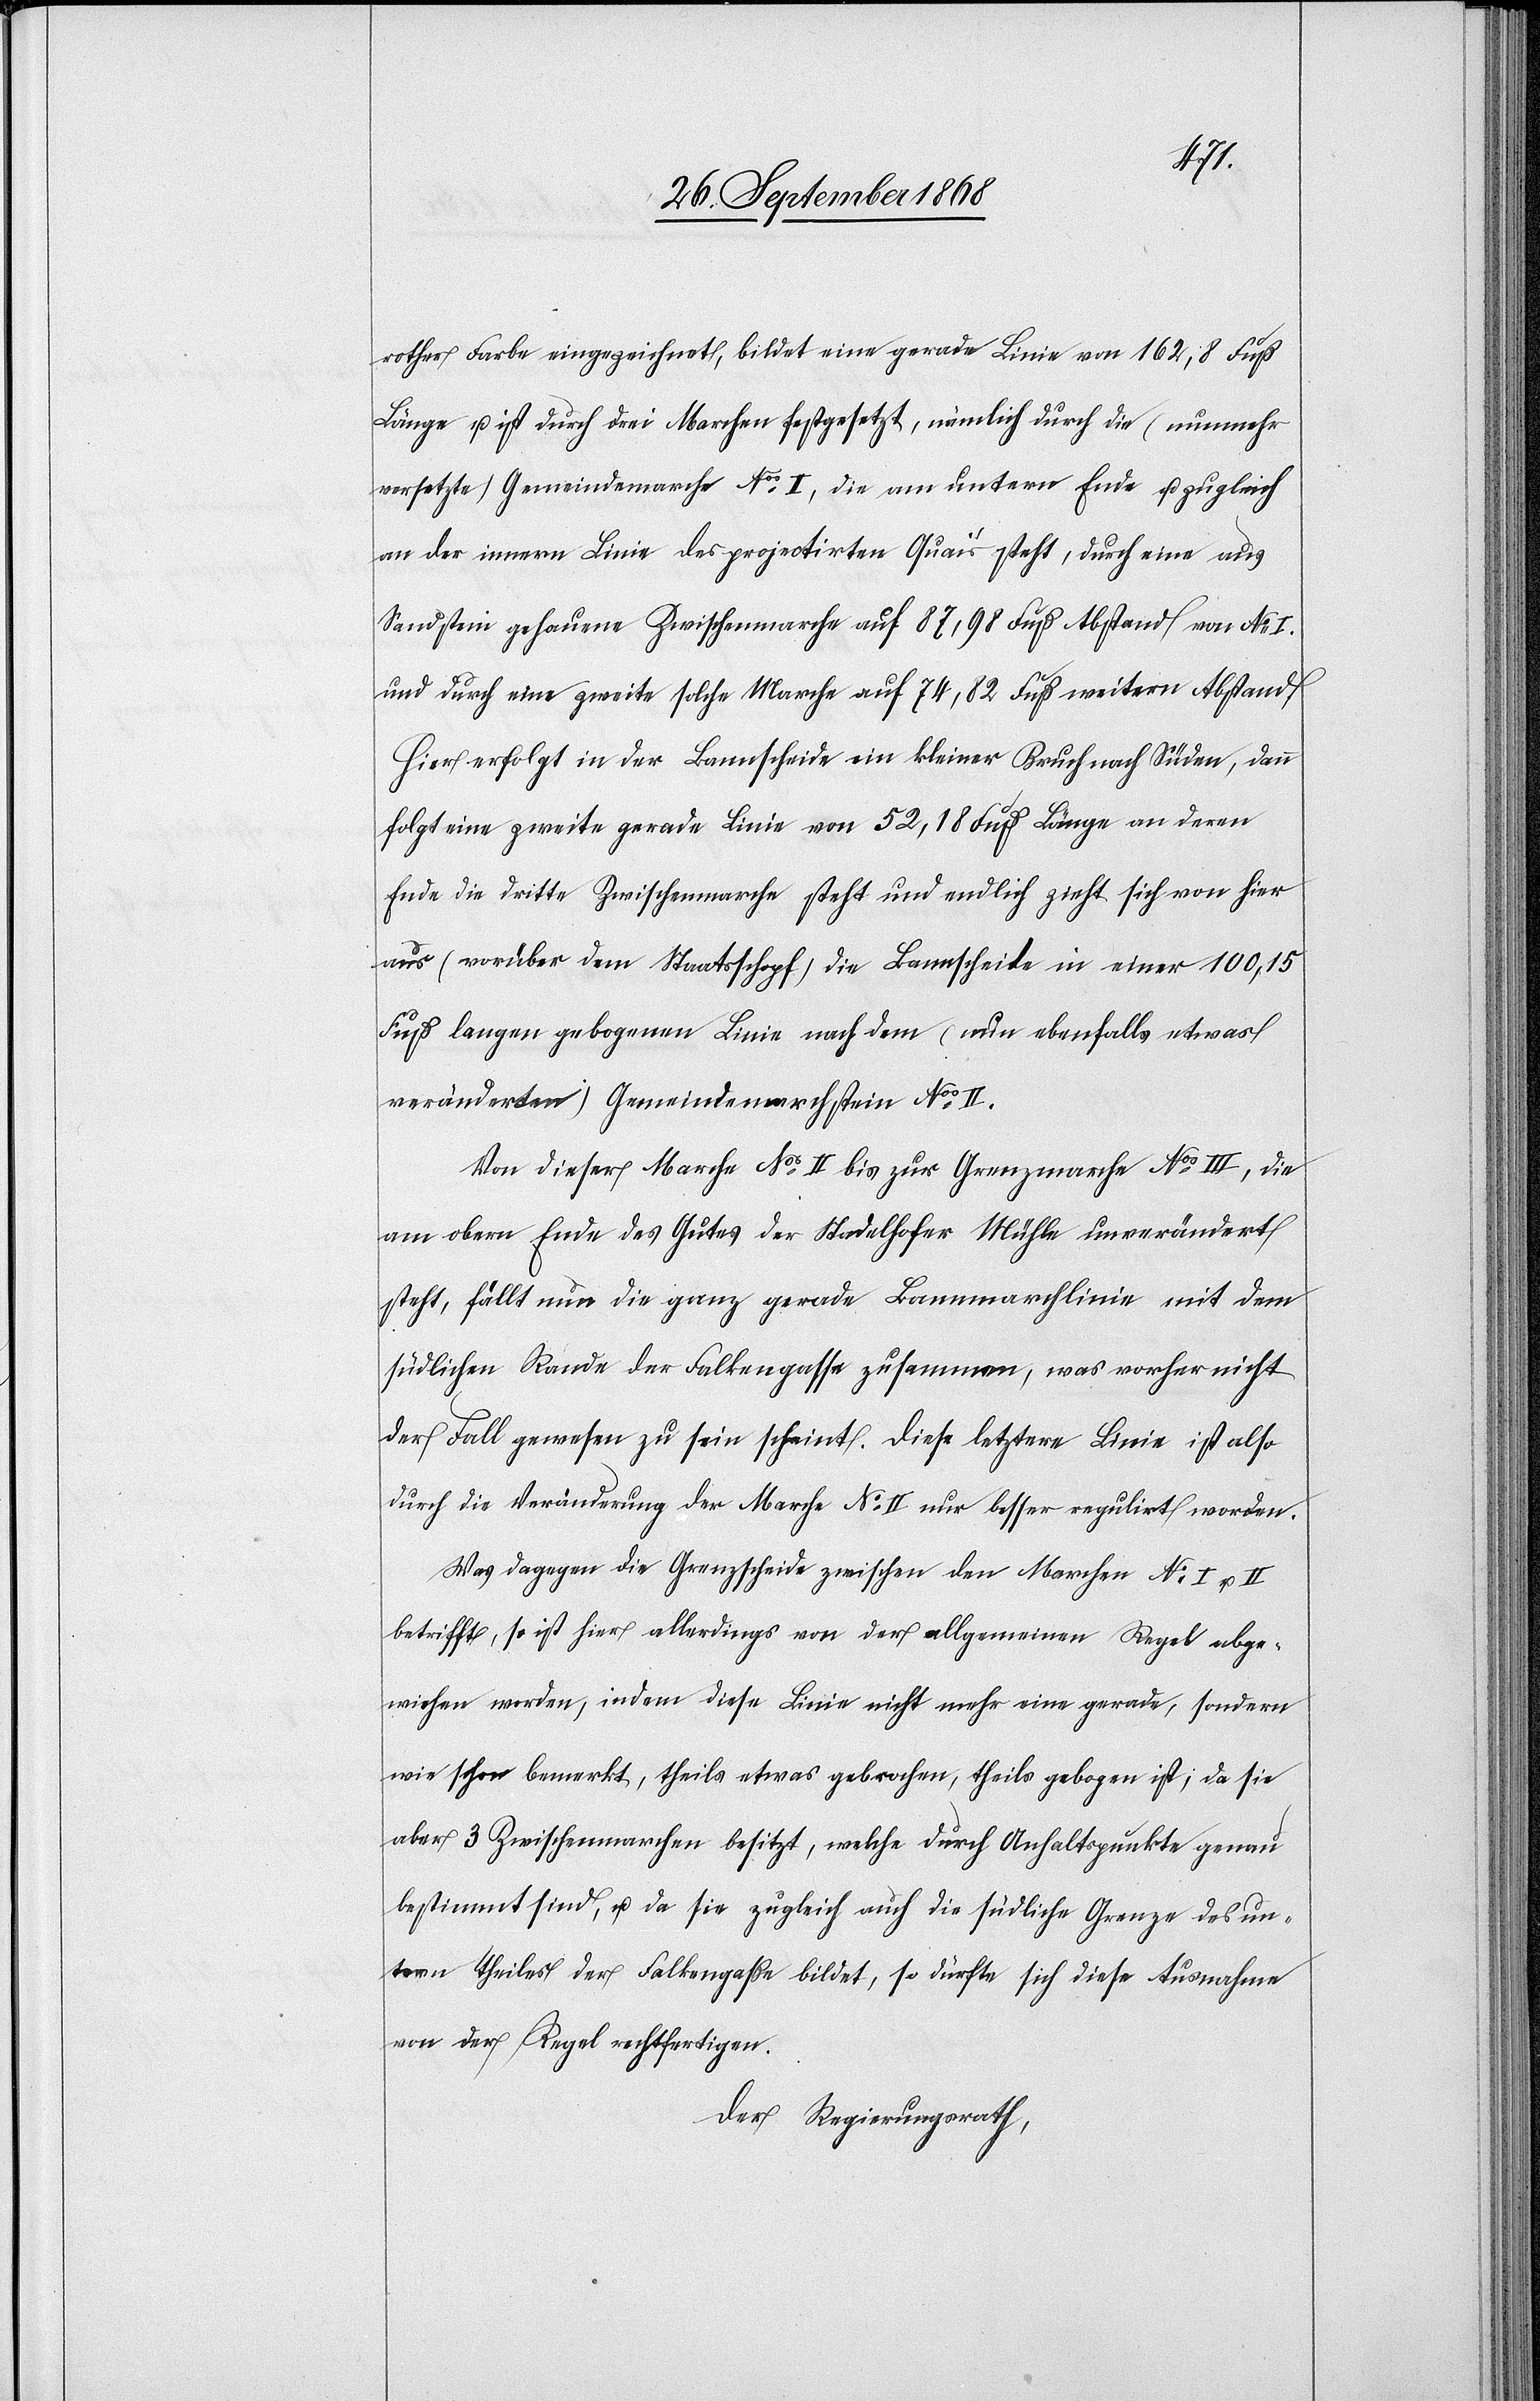
rother Farbe eingezeichnet, bildet eine gerade Linie von 162,8 Fuß
Länge u. ist durch drei Marchen festgesetzt, nämlich durch die (nunmehr
versetzte) Gemeindemarche Nos I, die am untern Ende u. zugleich
an der innern Linie des projectirten Quai’s steht, durch eine aus
Sandstein gehauene Zwischenmarche auf 87,98 Fuß Abstand von No I.
und durch eine zweite solche Marche auf 74,82 Fuß weitern Abstand.
Hier erfolgt in der Bannscheide ein kleiner Bruch nach Süden, dann
folgt eine zweite gerade Linie von 52,18 Fuß Länge an deren
Ende die dritte Zwischenmarche steht und endlich zieht sich von hier
aus (vorüber dem Staatsschopf) die Bannscheide in einer 100,15
Fuß langen gebogenen Linie nach dem (nun ebenfalls etwas
veränderten) Gemeindemarchstein Nos II.
Von dieser Marche Nos II bis zur Grenzmarche Nos III, die
am obern Ende des Gutes der Stadelhofer Mühle unverändert
steht, fällt nun die ganz gerade Bannmarchlinie mit dem
südlichen Rande der Falkengasse zusammen, was vorher nicht
der Fall gewesen zu sein scheint. Diese letztere Linie ist also
durch die Veränderung der Marche No II nur besser regulirt worden.
Was dagegen die Grenzscheide zwischen den Marchen No I u.
betrifft, so ist hier allerdings von der allgemeinen Regel abge¬
wichen worden, indem diese Linie nicht mehr eine gerade, sondern
wie schon bemerkt, theils etwas gebrochen, theils gebogen ist; da sie
aber 3 Zwischenmarchen besitzt, welche durch Anhaltspunkte genau
bestimmt sind, u. da sie zugleich auch die südliche Grenze des un¬
tern Theiles der Falkengaße bildet, so dürfte sich diese Ausnahme
von der Regel rechtfertigen.
Der Regierungsrath,